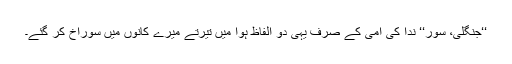
‘‘جنگلی، سور‘‘ ندا کی امی کے صرف یہی دو الفاظ ہوا میں تیرتے میرے کانوں میں سوراخ کر گئے۔